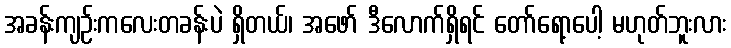
အခန်းကျဉ်းကလေးတခန်းပဲ ရှိတယ်၊ အဖော် ဒီလောက်ရှိရင် တော်ရော့ပေါ့ မဟုတ်ဘူးလား